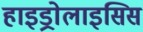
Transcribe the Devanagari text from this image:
हाइड्रोलाइसिस